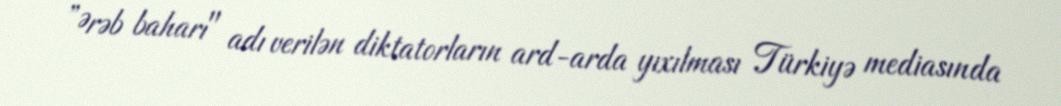
”Ərəb baharı" adı verilən diktatorların ard-arda yıxılması Türkiyə mediasında